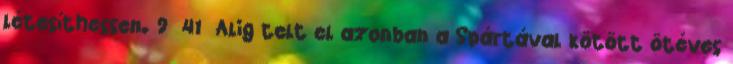
létesíthessen. 9 41 Alig telt el azonban a Spártával kötött ötéves